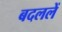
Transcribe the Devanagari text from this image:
बदललें